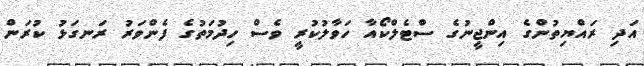
އަދި ރައްޔިތުންގެ އިންޖީނުގެ ސްޓެލްކޯއާ ހަވާލުކުރީ ވެސް ހިދުމަތުގެ ފެންވަރު ރަނގަޅު ކުރަން